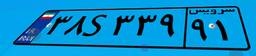
۲۷S۹۳۴۷۴